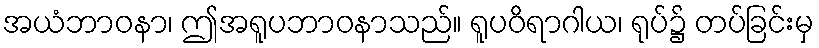
အယံဘာဝနာ၊ ဤအရူပဘာဝနာသည်။ ရူပဝိရာဂါယ၊ ရုပ်၌ တပ်ခြင်းမှ